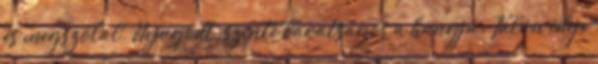
és megszólal. Nyugodt, szinte barátságos a hangja. Talán ideje